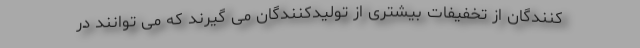
کنندگان از تخفیفات بیشتری از تولیدکنندگان می گیرند که می توانند در